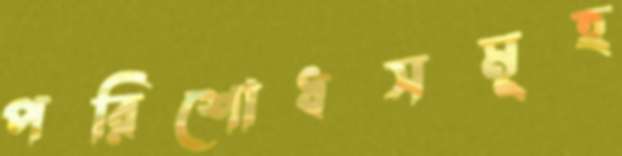
পরিশোধসমূহ